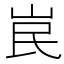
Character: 𡶗